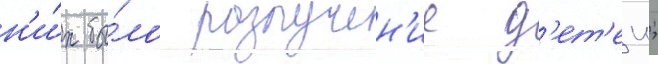
н'и́х бы́ло разлучен'ие д'ет'еи;